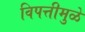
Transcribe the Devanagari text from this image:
विपत्तीमुळे